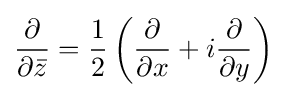
{\frac {\partial }{\partial {\bar {z}}}}={\frac {1}{2}}\left({\frac {\partial }{\partial x}}+i{\frac {\partial }{\partial y}}\right)